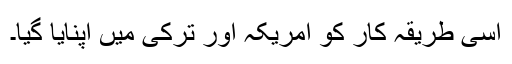
اسی طریقہ کار کو امریکہ اور ترکی میں اپنایا گیا۔